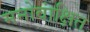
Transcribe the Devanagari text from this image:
मनोवांक्षित